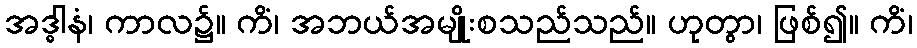
အဒ္ဓါနံ၊ ကာလ၌။ ကိံ၊ အဘယ်အမျိုးစသည်သည်။ ဟုတွာ၊ ဖြစ်၍။ ကိံ၊